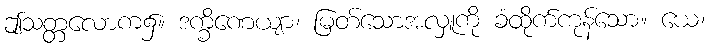
ဤသတ္တလောက၌။ ဒက္ခိဏေယျာ၊ မြတ်သောအလှူကို ခံထိုက်ကုန်သော။ ယေ၊